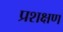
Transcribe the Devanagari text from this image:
प्रशक्षण